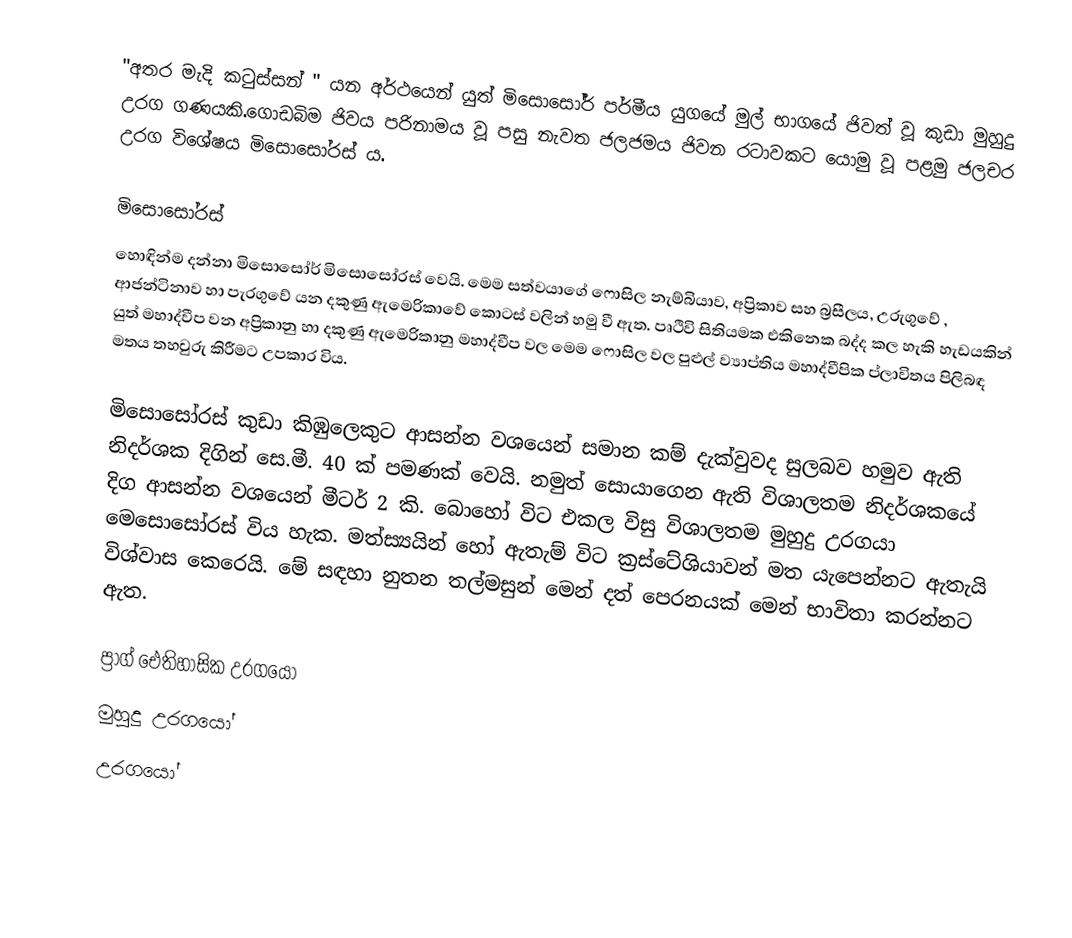
"අතර මැදි කටුස්සන් " යන අර්ථයෙන් යුත් මිසොසෝර් පර්මීය යුගයේ මුල් භාගයේ ජිවත් වූ කුඩා මුහුදු උරග ගණයකි.ගොඩබිම ජිවය පරිනාමය වූ පසු නැවත ජලජමය ජිවන රටාවකට යොමු වූ පළමු ජලචර උරග විශේෂය මිසොසෝරස් ය.

මිසොසෝරස්
හොඳින්ම දන්නා මිසොසෝර් මිසොසෝරස් වෙයි. මෙම සත්වයාගේ ෆොසිල නැම්බියාව, අප්‍රිකාව  සහ බ්‍රසීලය, උරුගුවේ , ආජන්ටිනාව හා පැරගුවේ යන දකුණු ඇමෙරිකාවේ කොටස් වලින් හමු වී ඇත. පෘථිවි සිතියමක එකිනෙක බද්ද කල හැකි හැඩයකින් යුත් මහාද්වීප වන අප්‍රිකානු හා දකුණු ඇමෙරිකානු මහාද්වීප වල  මෙම ෆොසිල වල පුළුල් ව්‍යාප්තිය මහාද්වීපික ප්ලාවිතය පිලිබඳ මතය තහවුරු කිරීමට උපකාර විය.

මිසොසෝරස් කුඩා කිඹුලෙකුට ආසන්න වශයෙන් සමාන කම් දැක්වුවද සුලබව හමුව ඇති නිදර්ශක දිගින් සෙ.මී. 40 ක්  පමණක් වෙයි. නමුත් සොයාගෙන ඇති විශාලතම නිදර්ශකයේ දිග ආසන්න වශයෙන් මීටර් 2 කි. බොහෝ විට එකල විසු විශාලතම මුහුදු උරගයා මෙසොසෝරස් විය හැක. මත්ස්‍යයින් හෝ ඇතැම් විට ක්‍රස්ටේශියාවන් මත යැපෙන්නට ඇතැයි විශ්වාස කෙරෙයි. මේ සඳහා නුතන තල්මසුන් මෙන් දත් පෙරනයක් මෙන් භාවිතා කරන්නට ඇත.

ප්‍රාග් ඓතිහාසික උරගයෝ
මුහුදු උරගයෝ
උරගයෝ